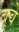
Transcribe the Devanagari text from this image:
बूवे